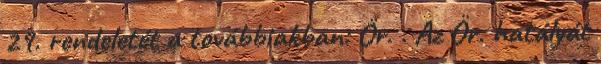
29. rendeletét a továbbiakban: Ör. . Az Ör. hatályát